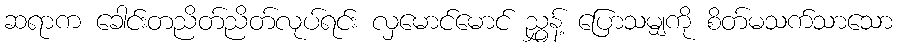
ဆရာက ခေါင်းတညိတ်ညိတ်လုပ်ရင်း လှမောင်မောင် ညွှန့် ပြောသမျှကို စိတ်မသက်သာသော